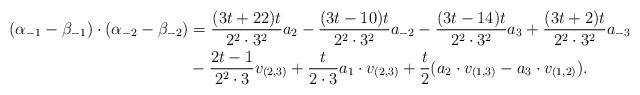
LaTeX: \begin{align*}(\alpha_{-1} - \beta_{-1}) \cdot (\alpha_{-2} -\beta_{-2}) &= \frac{(3t + 22)t}{2^2 \cdot 3^2}a_2 - \frac{(3t - 10)t}{2^2 \cdot 3^2}a_{-2} - \frac{(3t - 14)t}{2^2 \cdot 3^2} a_3 + \frac{(3t + 2)t}{2^2 \cdot 3^2}a_{-3} \\&- \frac{2t - 1}{2^2 \cdot 3}v_{(2,3)} + \frac{t}{2 \cdot 3} a_1 \cdot v_{(2,3)} + \frac{t}{2}(a_2 \cdot v_{(1,3)} - a_3 \cdot v_{(1,2)}).\end{align*}